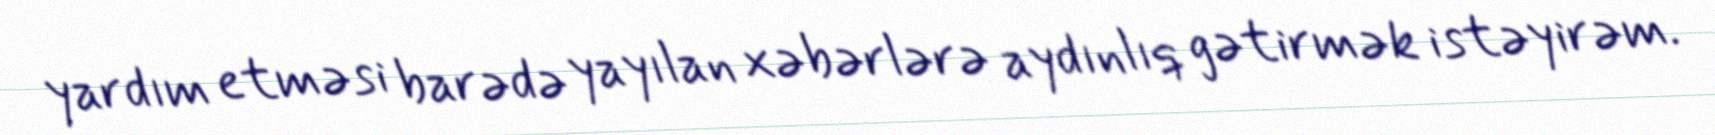
yardım etməsi barədə yayılan xəbərlərə aydınlıq gətirmək istəyirəm.